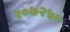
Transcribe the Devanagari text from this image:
२०७२५०